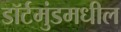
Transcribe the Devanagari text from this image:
डॉर्टमुंडमधील